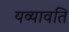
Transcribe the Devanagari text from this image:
यव्यावति